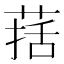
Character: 葀